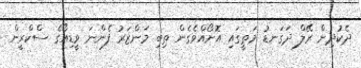
ދެކުދިން ރޭލް ދަގަނޑު މަތީގައި އޮށޯއްވެގެން ތިބި މަންޒަރު ފެންނަ ވީޑިއޯގެ ސްކްރީން